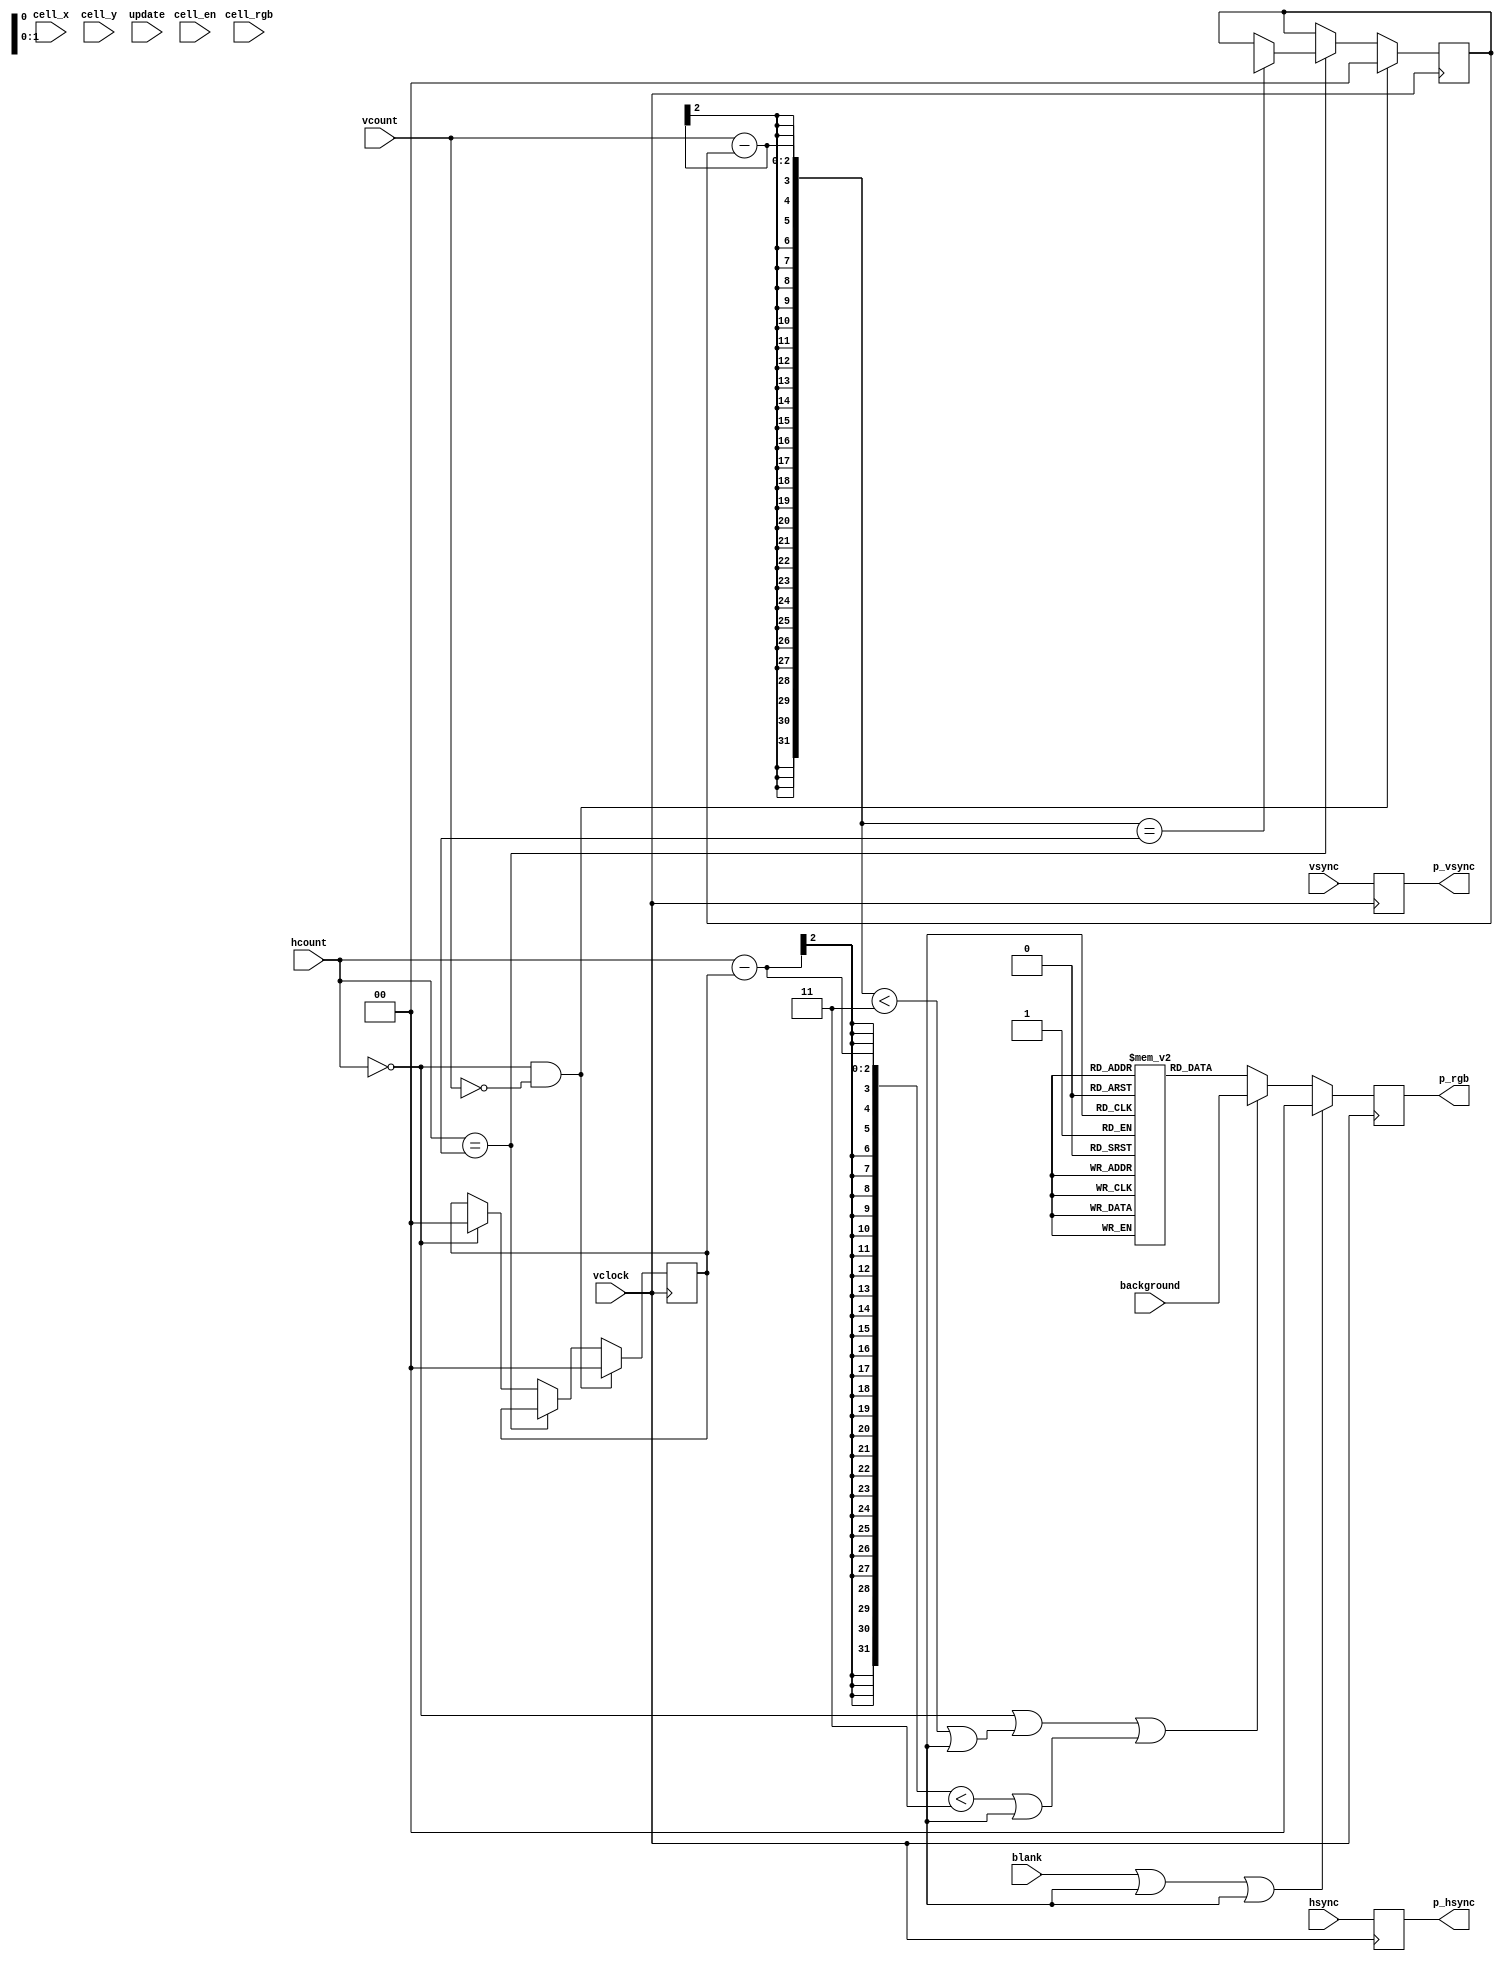
`timescale 1ns / 1ps
//////////////////////////////////////////////////////////////////////////////////
// Company: 
// 
// Design Name: 
// Module Name: matrix_display
// Project Name: pizel-controller
// Target Devices: 
// Tool Versions: 
// Description: 
//
//     Renders and outputs (VGA) a grid of cells, each a solid color.  Controlled by serial inputs.
//     Display is not updated as data is passed in; rather, the display updates to all changes on posedge update.
// 
// Dependencies: 
// 
// Revision:
// Revision 0.01 - File Created
// Additional Comments:
// 
//////////////////////////////////////////////////////////////////////////////////


module matrix_display #(
    parameter S_WIDTH = 0, //make sure this is consistent with VGA signals!
    parameter S_HEIGHT = 0,
    parameter WIDTH = 0, //number of cells in each direction
    parameter HEIGHT = 0,
    parameter B_S_WIDTH = 0, //bits
    parameter B_S_HEIGHT = 0,
    parameter B_WIDTH = 0,
    parameter B_HEIGHT = 0,
    parameter B_VGA = 0,
    parameter BORDER = 3 //size, in pixels, of the border around the cells.  2*BORDER between colored areas.
    )(
    input [(B_VGA*3-1):0] cell_rgb, //input RGB; corresponds to (cell_y, cell_x) in the grid
    input [B_WIDTH-1:0] cell_x, //x coordinate for cell
    input [B_HEIGHT-1:0] cell_y, //y coordinate for cell
    input cell_en, //pulses high to indicate new serial input
    input update, //pulses high to indicate it is time to refresh outputs
    input [B_S_WIDTH-1:0] hcount, //input hcount and vcount
    input [B_S_HEIGHT-1:0] vcount,
    input hsync, //inputs produced by vga module
    input vsync,
    input vclock, //clock
    input blank, //active high
    input [(B_VGA*3-1):0] background, //background rgb
    output reg [(B_VGA*3-1):0] p_rgb, //the output of the current (vcount,hcount) pixel
    output reg p_hsync, //output these to easily keep up with correct delays on these signals
    output reg p_vsync
    );
    
    //cell size parameters
    parameter CELL_WIDTH = S_WIDTH / WIDTH;
    parameter CELL_HEIGHT = S_HEIGHT / HEIGHT;
    parameter MAX_X = CELL_WIDTH * WIDTH;
    parameter MAX_Y = CELL_HEIGHT * HEIGHT;
    
    //for loop
    integer i;
    
    //stored color values for grid cells
    reg [(B_VGA*3-1):0] grid [B_WIDTH+B_HEIGHT:0]; //cells that are horizontally adjacent are adjacent
                                                   //vertically adjacent cells are separated by WIDTH
    reg [(B_VGA*3-1):0] display_grid [B_WIDTH+B_HEIGHT:0]; //grid currently displayed
    
    //test values
    wire [B_VGA-1:0] p_r;
    wire [B_VGA-1:0] p_g;
    wire [B_VGA-1:0] p_b;
    assign p_r = (hcount >= vcount) ? 4'hF : 4'h0;
    assign p_g = (hcount > (S_WIDTH >> 1)) ? 4'hF : 4'h0;
    assign p_b = (vcount > (S_HEIGHT >> 1)) ? 4'hF : 4'h0;
    
    //keeping track of which cell
    reg [B_WIDTH-1:0] xcount; //current cell positions
    reg [B_HEIGHT-1:0] ycount;
    //don't want to have to deal with division latency, so keep track of hcount and vcount
    //then increment registers above when appropriate
    reg [B_S_WIDTH-1:0] floor_hcount;
    reg [B_S_HEIGHT-1:0] floor_vcount;
    
    //receive serial input
    always @(posedge cell_en) begin
        //replace grid cell
        grid[cell_y*WIDTH + cell_x] <= cell_rgb;
    end
    
    //receive update signal
    always @(posedge update) begin
        //when told to update, do so
        for (i = 0; i < WIDTH*HEIGHT; i = i + 1) begin
            display_grid[i] <= grid[i];
        end
    end
    
    //every pixel
    always @(posedge vclock) begin
        if (hcount == 0 && vcount == 0) begin //new frame
            //reset trackers
            xcount <= 0;
            ycount <= 0;
            floor_hcount <= 0;
            floor_vcount <= 0;
        end
        else if (hcount == MAX_X) begin //update ycount at the end of each line; 
            if ((vcount-floor_vcount) == CELL_HEIGHT-1) begin //update ycount
                ycount <= ycount + 1;
                floor_vcount <= floor_vcount + CELL_HEIGHT;
            end
        end
        else if (hcount == 0) begin
            xcount <= 0; //reset xcount and floor_hcount for the new line
            floor_hcount <= 0;
        end
        else if (hcount < MAX_X) begin //standard increment
            if ((hcount-floor_hcount) >= CELL_WIDTH-1) begin //if the next pixel will be in the next cell, update xcount
                xcount <= xcount + 1;
                floor_hcount <= floor_hcount + CELL_WIDTH;
            end
        end
        //pipelining outputs
        p_hsync <= hsync;
        p_vsync <= vsync;
        
        //if on the edges of a pixel
        if (blank || hcount >= MAX_X || vcount >= MAX_Y) begin //if out of grid
            p_rgb <= 0; //display black
        end
        else if (hcount == 0 || (vcount - floor_vcount < BORDER || floor_vcount + CELL_HEIGHT - vcount < BORDER) || 
            (hcount - floor_hcount < BORDER || floor_hcount + CELL_WIDTH - hcount < BORDER)) begin
            p_rgb <= background; //display the background color
        end
        else begin //otherwise (if within a pixel)
            p_rgb <= display_grid[ycount*WIDTH+xcount]; //display current cell color
        end
        
    end
endmodule